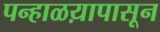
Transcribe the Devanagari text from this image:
पन्हाळय़ापासून